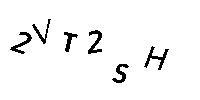
2VT2SH